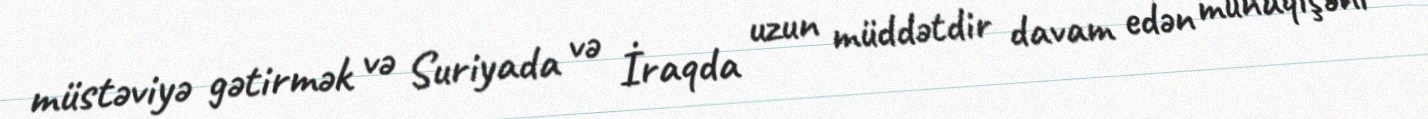
müstəviyə gətirmək və Suriyada və İraqda uzun müddətdir davam edən münaqişəni